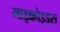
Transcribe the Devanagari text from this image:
माइक्रोइड्स